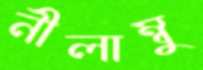
নীলাম্বু